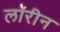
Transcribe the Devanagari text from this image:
लॉरीन